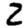
Digit: 2